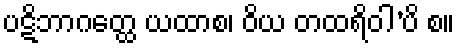
ပဋိဘာဂတ္ထေ ယထာစ၊ ဝိယ တထရိဝါ’ပိ စ။